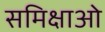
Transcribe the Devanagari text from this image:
समिक्षाओ